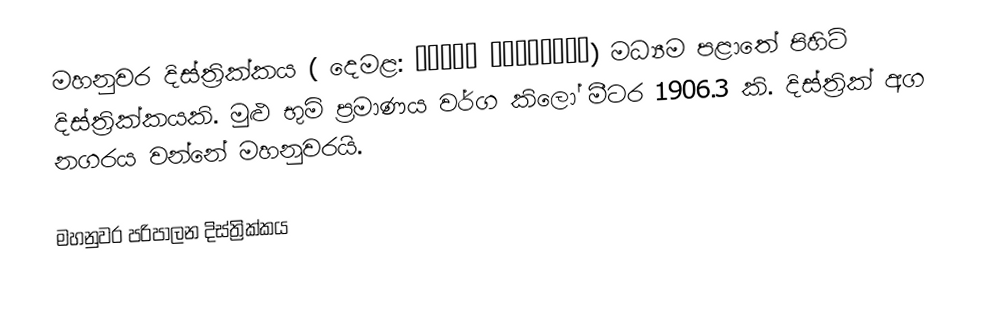
මහනුවර දිස්ත්‍රික්කය ( දෙමළ: கண்டி மாவட்டம்) මධ්‍යම පළාතේ පිහිටි දිස්ත්‍රික්කයකි. මුළු භුමි ප්‍රමාණය වර්ග කිලෝ මීටර 1906.3 කි. දිස්ත්‍රික් අග නගරය වන්නේ මහනුවරයි.

මහනුවර පරිපාලන දිස්ත්‍රික්කය